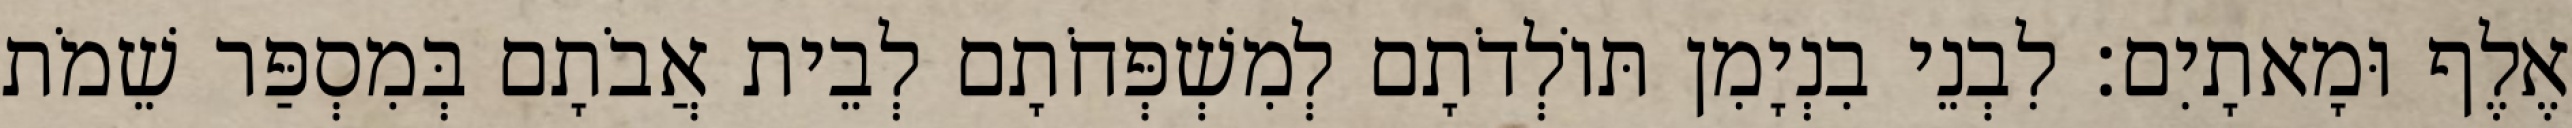
אֶלֶף וּמָאתָיִם׃ לִבְנֵי בִנְיָמִן תּוֹלְדֹתָם לְמִשְׁפְּחֹתָם לְבֵית אֲבֹתָם בְּמִסְפַּר שֵׁמֹת